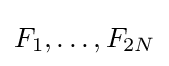
F_{1},\ldots ,F_{2N}